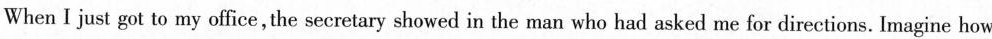
When I just got to my office,the secretary showed in the man who had asked me for directions. Imagine how